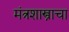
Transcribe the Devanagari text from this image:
मंत्रशास्त्राचा